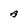
Character: B